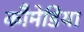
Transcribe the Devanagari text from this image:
कौमेडिया